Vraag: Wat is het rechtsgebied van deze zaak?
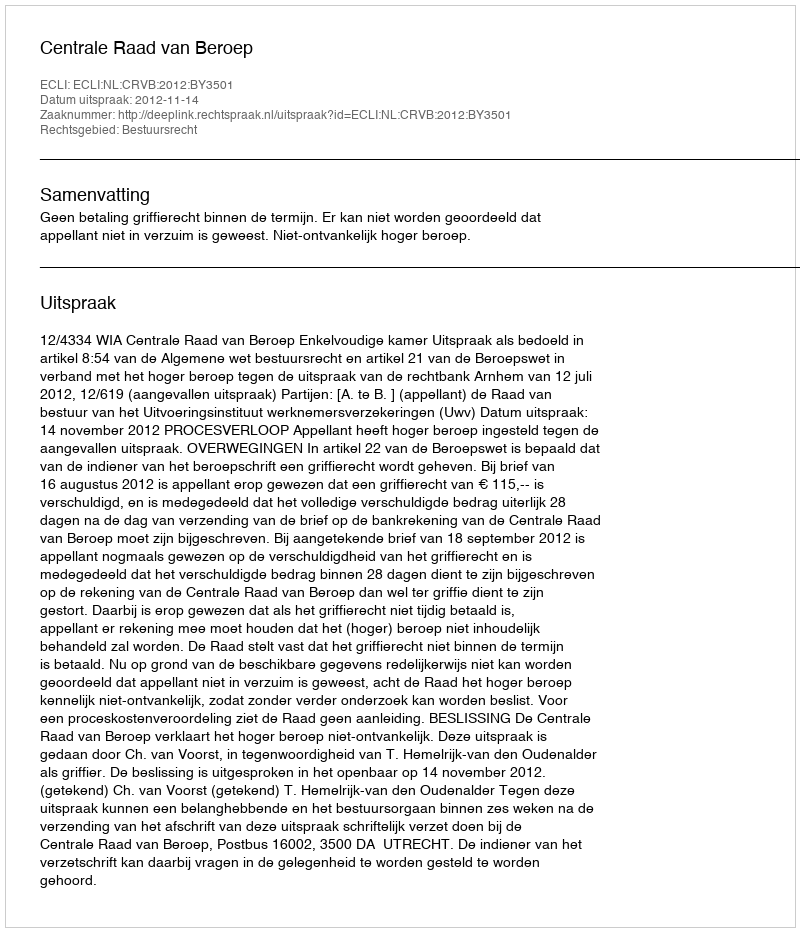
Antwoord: Bestuursrecht